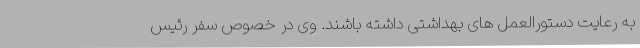
به رعایت دستورالعمل های بهداشتی داشته باشند. وی در خصوص سفر رئیس